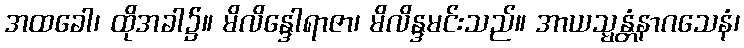
အထခေါ၊ ထိုအခါ၌။ မိလိန္ဒေါရာဇာ၊ မိလိန္ဒမင်းသည်။ အာယသ္မန္တံနာဂသေနံ၊